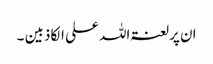
ان پرلعنتہ اللہ علی الکاذبین ۔